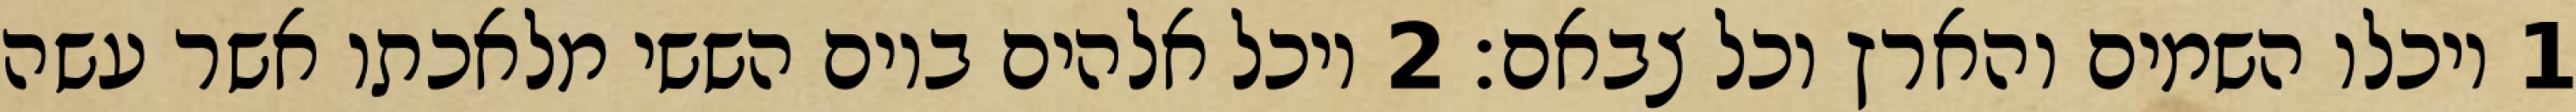
1 ויכלו השמים והארץ וכל צבאם׃ ‎2‏ ויכל אלהים ביום הששי מלאכתו אשר עשה